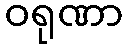
ဝရုဏာ